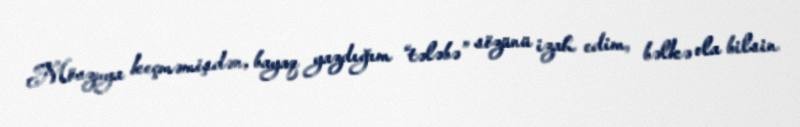
Mövzuya keçməmişdən, bayaq yazdığım “tələbə” sözünü izah edim, bəlkə ola bilsin